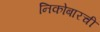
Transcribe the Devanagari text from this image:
निकोबारची